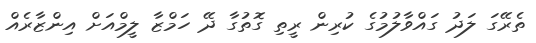
ތެރޭގަ ލަދު ގައްވާލުމުގެ ކުރިން ރީތި ގޮތުގާ ދޭ ހަމްޒާ ލީމްއަށް އިންޒާރެއް